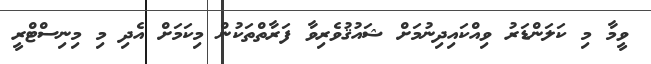
ވީމާ މި ކަލަންޑަރު ވިއްކައިދިނުމަށް ޝައުޤުވެރިވާ ފަރާތްތަކުން މިކަމަށް އެދި މި މިނިސްޓްރީ